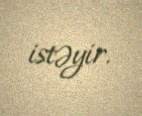
istəyir.